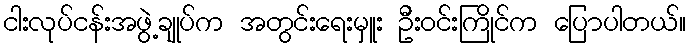
ငါးလုပ်ငန်းအဖွဲ့ချုပ်က အတွင်းရေးမှူး ဦးဝင်းကြိုင်က ပြောပါတယ်။